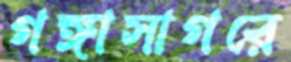
গঙ্গাসাগরে